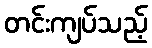
တင်းကျပ်သည့်